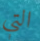
التي